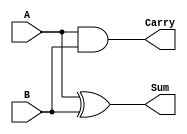
module half_adder (
    input A,
    input B,
    output Sum,
    output Carry
);
    xor (Sum, A, B);   // XOR gate for sum
    and (Carry, A, B); // AND gate for carry
endmodule